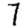
Digit: 7